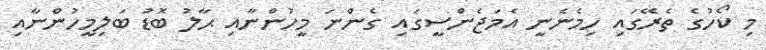
މި ކޯހުގެ ތެރޭގައި ހިމެނެނީ އެމަޖެންސީގައި ގެންނަ މީހުންނާއި ޙާލު ބޮޑު ބަލިމީހުންނާއި